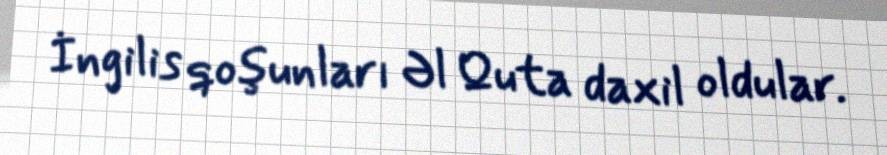
İngilis qoşunları Əl Quta daxil oldular.